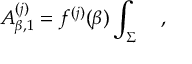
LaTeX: A _ { \beta , 1 } ^ { ( j ) } = f ^ { ( j ) } ( \beta ) \int _ { \Sigma } ~ ~ ~ ,